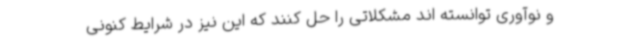
و نوآوری توانسته اند مشکلاتی را حل کنند که این نیز در شرایط کنونی